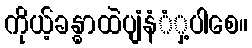
ကိုယ့်ခန္ဓာထဲပျံနံံှ့ပါစေ။